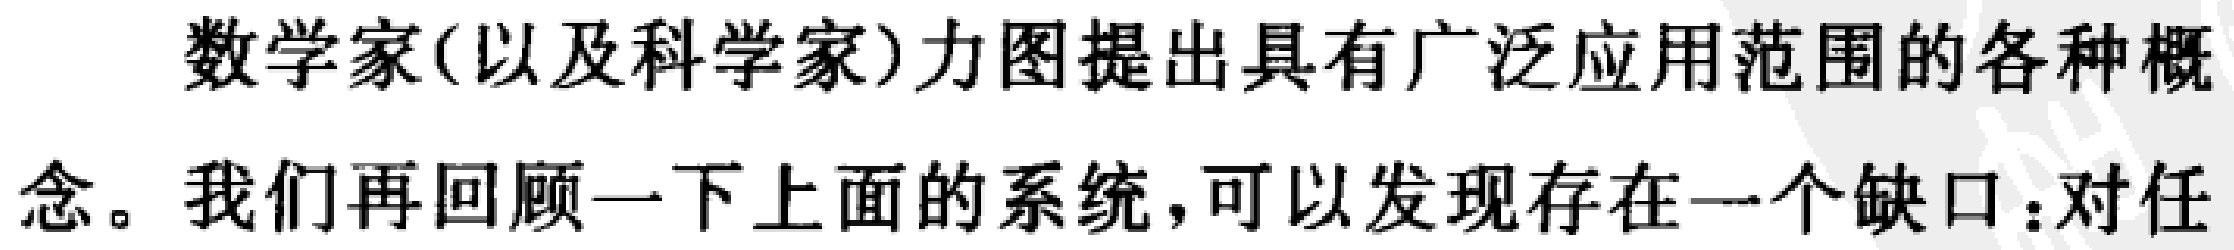
数学家(以及科学家)力图提出具有广泛应用范围的各种概念。我们再回顾一下上面的系统，可以发现存在一个缺口：对任